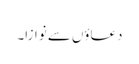
دعاؤں سے نوازا۔